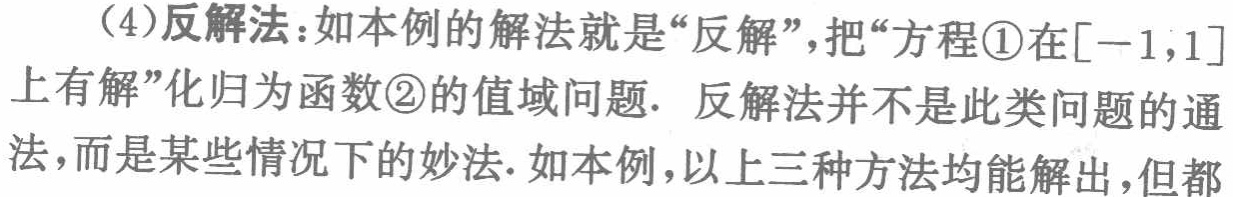
(4)反解法：如本例的解法就是“反解”，把“方程\textcircled{1}在\([-1,1]\)上有解”化归为函数\textcircled{2}的值域问题. 反解法并不是此类问题的通法，而是某些情况下的妙法. 如本例，以上三种方法均能解出，但都